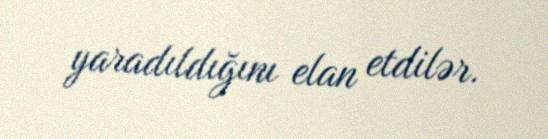
yaradıldığını elan etdilər.